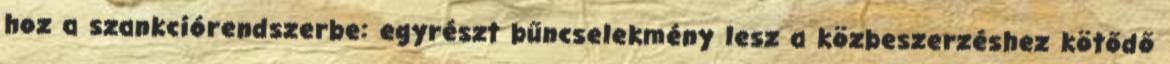
hoz a szankciórendszerbe: egyrészt bűncselekmény lesz a közbeszerzéshez kötődő